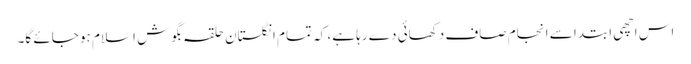
اس اچھی ابتدا سے انجام صاف دکھائی دے رہا ہے، کہ تمام انگلستان حلقہ بگوش اسلام ہو جائے گا۔